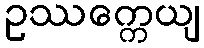
ဥဿက္ကေယျ